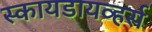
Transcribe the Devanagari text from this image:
स्कायडायव्हर्स